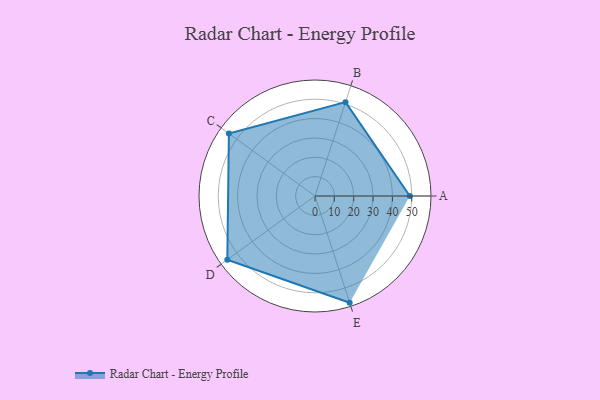
{"axis": {"x": "Skill", "y": "Score"}, "legend": ["Profile"], "data": [{"x": "A", "y": 49.0, "type": "Profile"}, {"x": "B", "y": 51.0, "type": "Profile"}, {"x": "C", "y": 55.0, "type": "Profile"}, {"x": "D", "y": 56.0, "type": "Profile"}, {"x": "E", "y": 58.0, "type": "Profile"}]}